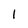
Character: 1